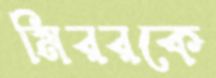
মিররকে